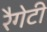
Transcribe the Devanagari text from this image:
रैगेटी